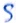
Text: S